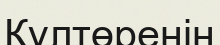
Құлтөренің